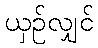
ယှဉ်လျှင်